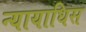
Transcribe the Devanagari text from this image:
न्यायाधिस